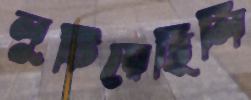
লুটিয়েছিলি